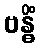
ဗန္ဓိံ